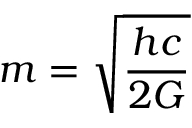
m = { \sqrt { \frac { h c } { 2 G } } }